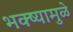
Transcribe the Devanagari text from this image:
भक्ष्यामुळे